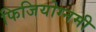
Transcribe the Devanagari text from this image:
फिजियोग्नमी